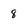
Character: 8